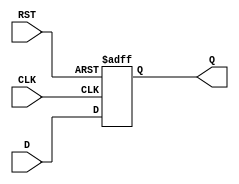
module DFFASR (
    CLK, RST, D, Q
); // ASR: Asynchronous Reset
    input CLK; // clock input
    input RST; // reset input
    input D; // data input
    output Q; // data output
    reg Q; // shows that Q is a reg(register) type

    always @(posedge CLK or negedge RST) begin // either clk is active or rst is not active
        if(!RST) begin
            Q <= 0;
        end
        else begin
            Q <= D;
        end
    end
endmodule